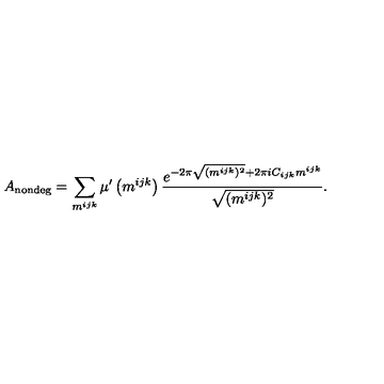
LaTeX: A _ { \mathrm { n o n d e g } } = \sum _ { m ^ { i j k } } \mu ^ { \prime } \left( m ^ { i j k } \right) \frac { e ^ { - 2 \pi \sqrt { ( m ^ { i j k } ) ^ { 2 } } + 2 \pi i C _ { i j k } m ^ { i j k } } } { \sqrt { ( m ^ { i j k } ) ^ { 2 } } } .